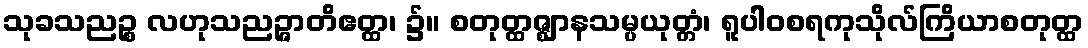
သုခသညဉ္စ လဟုသညဉ္ဇာတိဧတ္ထ၊ ၌။ စတုတ္ထဇ္ဈာနသမ္ပယုတ္တံ၊ ရူပါဝစရကုသိုလ်ကြိယာစတုတ္ထ